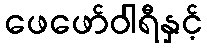
ဖေဖော်ဝါရီနှင့်